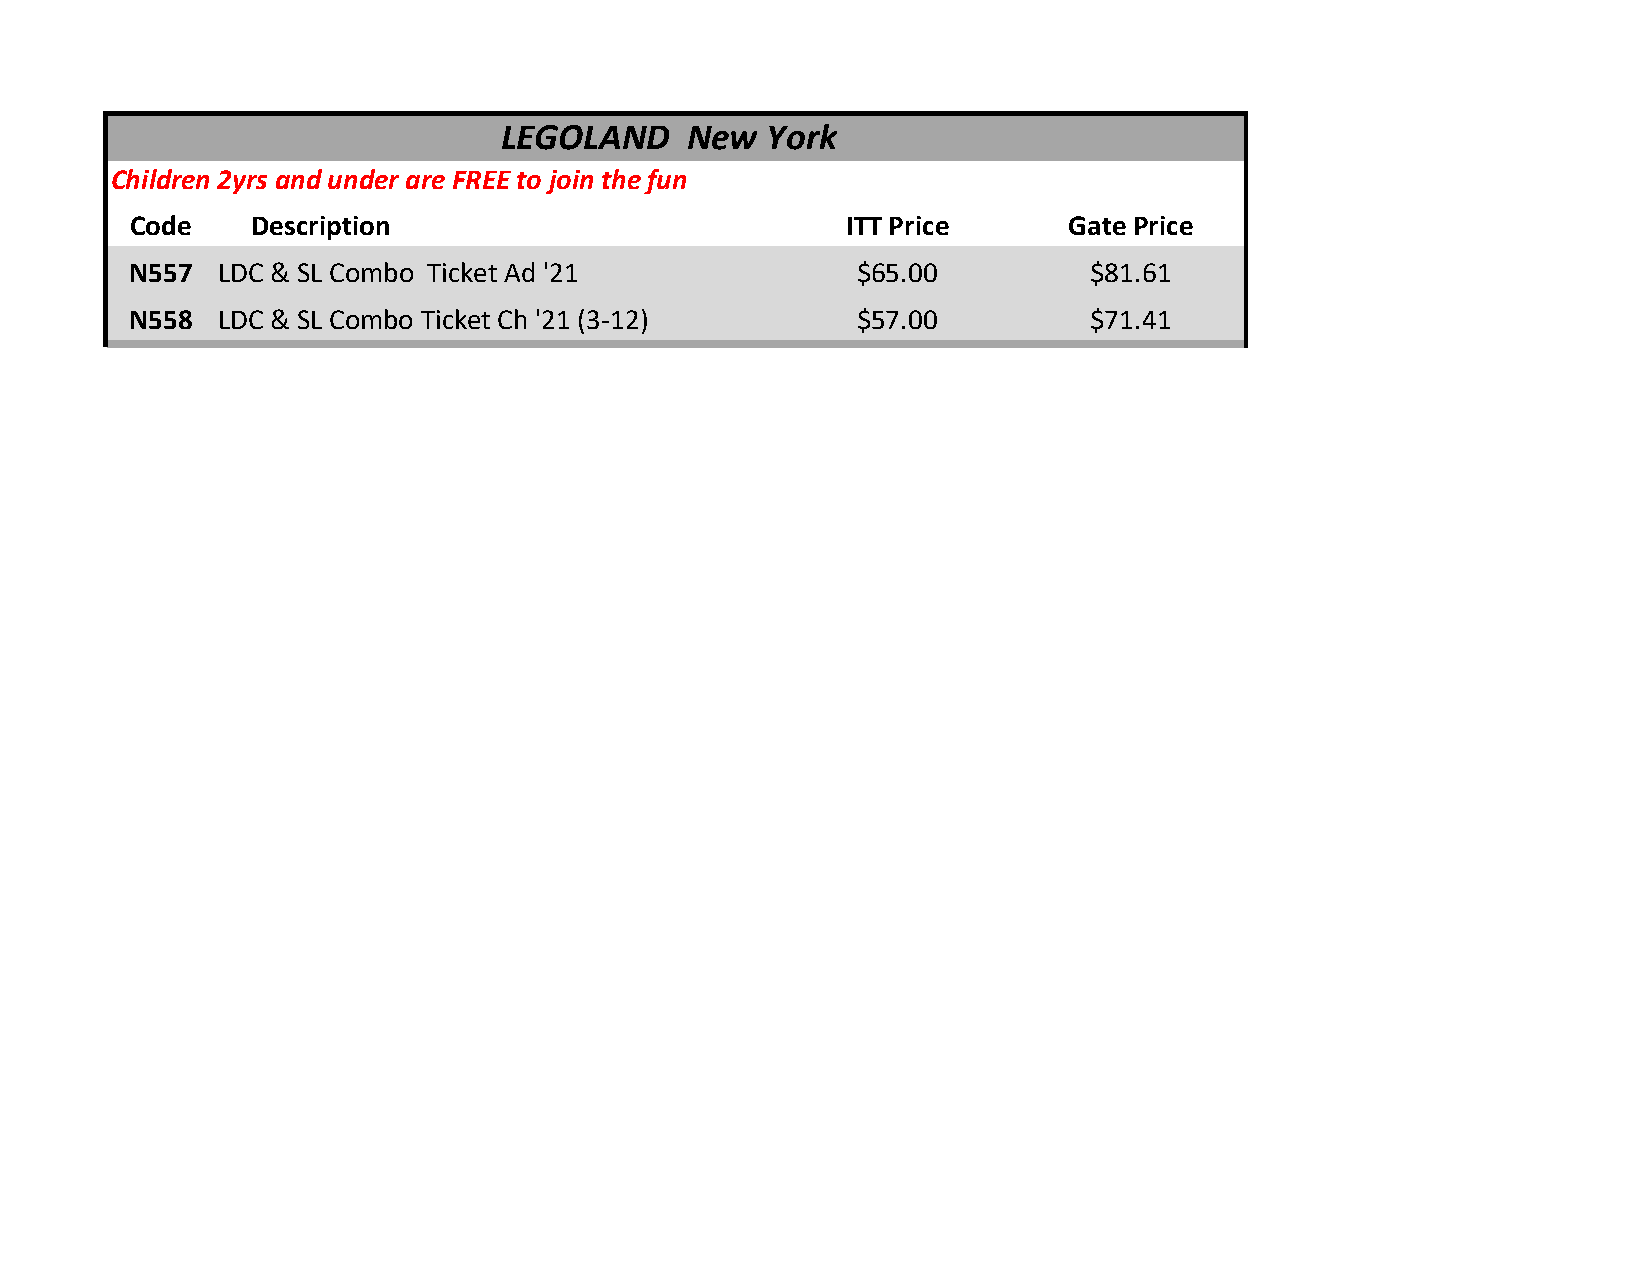
LEGOLAND    New  York
 Children 2yrs and under are FREE to join the fun
 Code    Description                             ITT Price     Gate Price
 N557  LDC & SL Combo Ticket Ad '21              $65.00          $81.61
 N558  LDC & SL Combo Ticket Ch '21 (3-12)       $57.00          $71.41